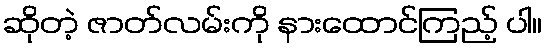
ဆိုတဲ့ ဇာတ်လမ်းကို နားထောင်ကြည့် ပါ။